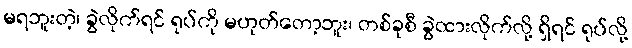
မရဘူးတဲ့၊ ခွဲလိုက်ရင် ရုပ်ကို မဟုတ်တော့ဘူး၊ တစ်ခုစီ ခွဲထားလိုက်လို့ ရှိရင် ရုပ်လို့